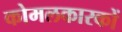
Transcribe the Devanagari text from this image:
कोमलकारकों